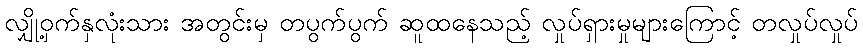
လျှို့ဝှက်နှလုံးသား အတွင်းမှ တပွက်ပွက် ဆူထနေသည့် လှုပ်ရှားမှုများကြောင့် တလှုပ်လှုပ်